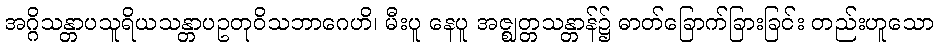
အဂ္ဂိသန္တာပသူရိယသန္တာပဥတုဝိသဘာဂေဟိ၊ မီးပူ နေပူ အဇ္ဈတ္တသန္တာန်၌ ဓာတ်ခြောက်ခြားခြင်း တည်းဟူသော